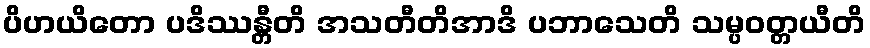
ပိဟယိတော ပဒိဿန္တီတိ အသတီတိအာဒိ ပဘာသေတိ သမ္ပဝတ္တယီတိ